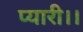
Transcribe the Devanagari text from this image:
प्यारी।।